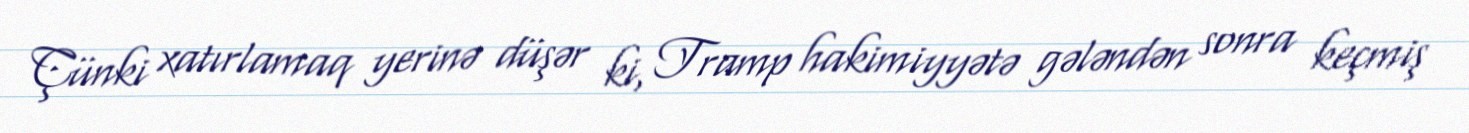
Çünki xatırlamaq yerinə düşər ki, Tramp hakimiyyətə gələndən sonra keçmiş